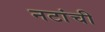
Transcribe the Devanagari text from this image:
नटांची